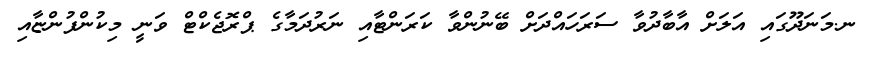
ނ.މަނަދޫގައި އަލަށް އާބާދުވާ ސަރަހައްދަށް ބޭނުންވާ ކަރަންޓާއި ނަރުދަމާގެ ޕްރޮޖެކްޓް ވަނީ މިކުންފުންޏާއި